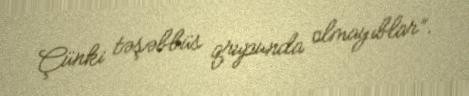
Çünki təşəbbüs qrupunda olmayıblar”.